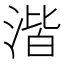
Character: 湝